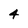
Character: 4